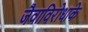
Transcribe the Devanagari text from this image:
जैवाविरोधाके